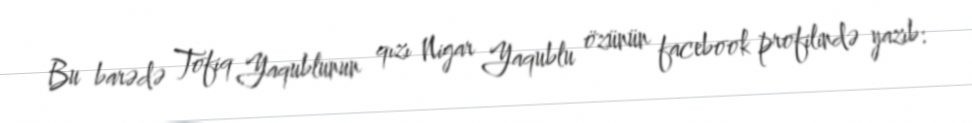
Bu barədə Tofiq Yaqublunun qızı Nigar Yaqublu özünün facebook profilində yazıb: